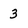
Character: 3